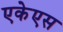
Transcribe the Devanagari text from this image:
एकेएस